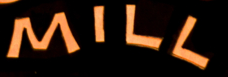
MILL